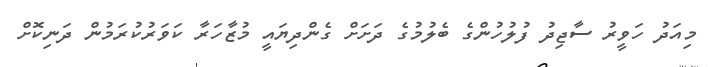
މިއަދު ހަވީރު ސާޖިދު ފުލުހުންގެ ބެލުމުގެ ދަށަށް ގެންދިޔައީ މުޒާހަރާ ކަވަރުކުރަމުން ދަނިކޮށް